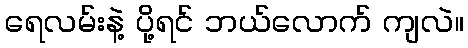
ရေလမ်းနဲ့ ပို့ရင် ဘယ်လောက် ကျလဲ။